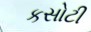
કસોટી